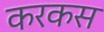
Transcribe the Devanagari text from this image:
करकस